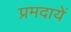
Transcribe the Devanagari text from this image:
प्रमदायें